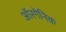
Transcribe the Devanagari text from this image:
ऑरगेनिक